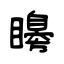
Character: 矏